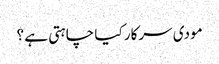
مودی سرکار کیا چاہتی ہے ؟